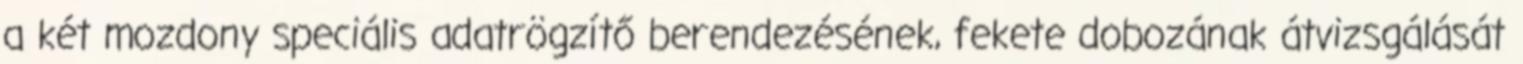
a két mozdony speciális adatrögzítő berendezésének, fekete dobozának átvizsgálását